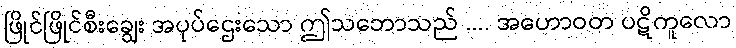
ဖြိုင်ဖြိုင်စီးချွေး အပုပ်ဌေးသော ဤသဘောသည် .... အဟောဝတ ပဋိကူလော